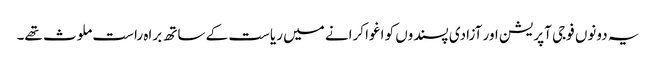
یہ دونوں فوجی آپریشن اور آزادی پسندوں کو اغوا کرانے میں ریاست کے ساتھ براہ راست ملوث تھے۔